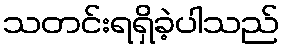
သတင်းရရှိခဲ့ပါသည်